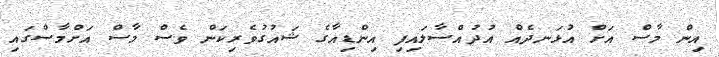
އިން މާސް އަށް އުޅަނދެއް އުދުއްސާލައިފި އިންޑިއާގެ ޝައުގުވެރިކަން ވެސް މާސް އަށްމާސްގައި